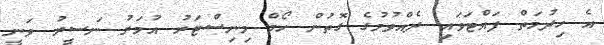
އެ ހިދުމަތް ފައްޓަވައި ދެއްވުމުގެ ގޮތުން ހޯމް މިނިސްޓަރު އުމަރު ނަސީރު ވަނީ